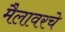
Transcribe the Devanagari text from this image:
मैलावरचे